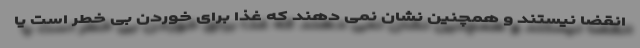
انقضا نیستند و همچنین نشان نمی دهند که غذا برای خوردن بی خطر است یا